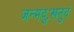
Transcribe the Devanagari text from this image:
जन्मदुःखनुदं